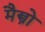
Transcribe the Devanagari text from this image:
मैस्त्रो